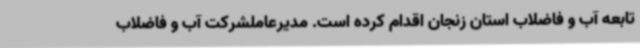
تابعه آب و فاضلاب استان زنجان اقدام کرده است. مدیرعاملشرکت آب و فاضلاب